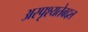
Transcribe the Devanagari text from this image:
अस्पृश्यतेबद्दल